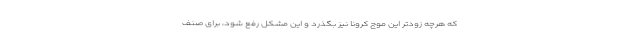
که هرچه زودتر این موج کرونا نیز بگذرد و این مشکل رفع شود، برای صنف